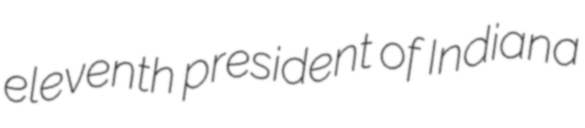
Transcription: eleventh president of Indiana